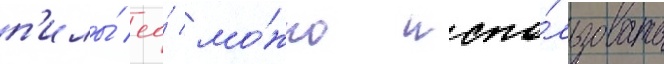
п'илы́ ео́ мо́жно испо́льзовать